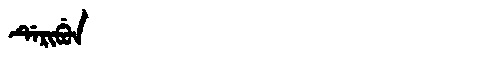
Manchu: ᡩᡝᡵᡳᠪᡠᠨ
Romanization: DERIBUN